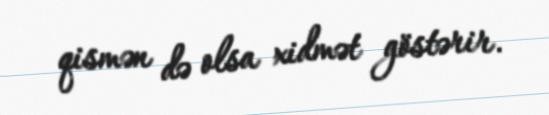
qismən də olsa xidmət göstərir.